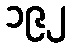
၁၉၂